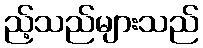
ည့်သည်များသည်